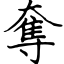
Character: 奪